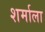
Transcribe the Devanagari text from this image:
शर्माला